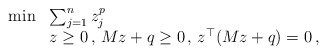
\begin{align*}\begin{array}{rl}\min & \sum_{j=1}^n z_j^{p}\\ & z\ge 0\,,\,Mz+q\ge 0\,,\,z^\top (Mz+q)=0\,,\end{array}\end{align*}